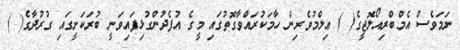
ނަމަވެސް އެމްބްރިއޯލޮޖީގެ( ) ޢިލްމުވެރިން ހާމަކުރައްވާގޮތުގައި މީގެ އުފެދުންގުޅިފައިވަނީ ބުރަކަށީގައި ގުރުދާގެ( )